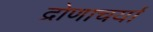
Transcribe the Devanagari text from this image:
द्रोणाचर्या